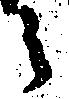
之